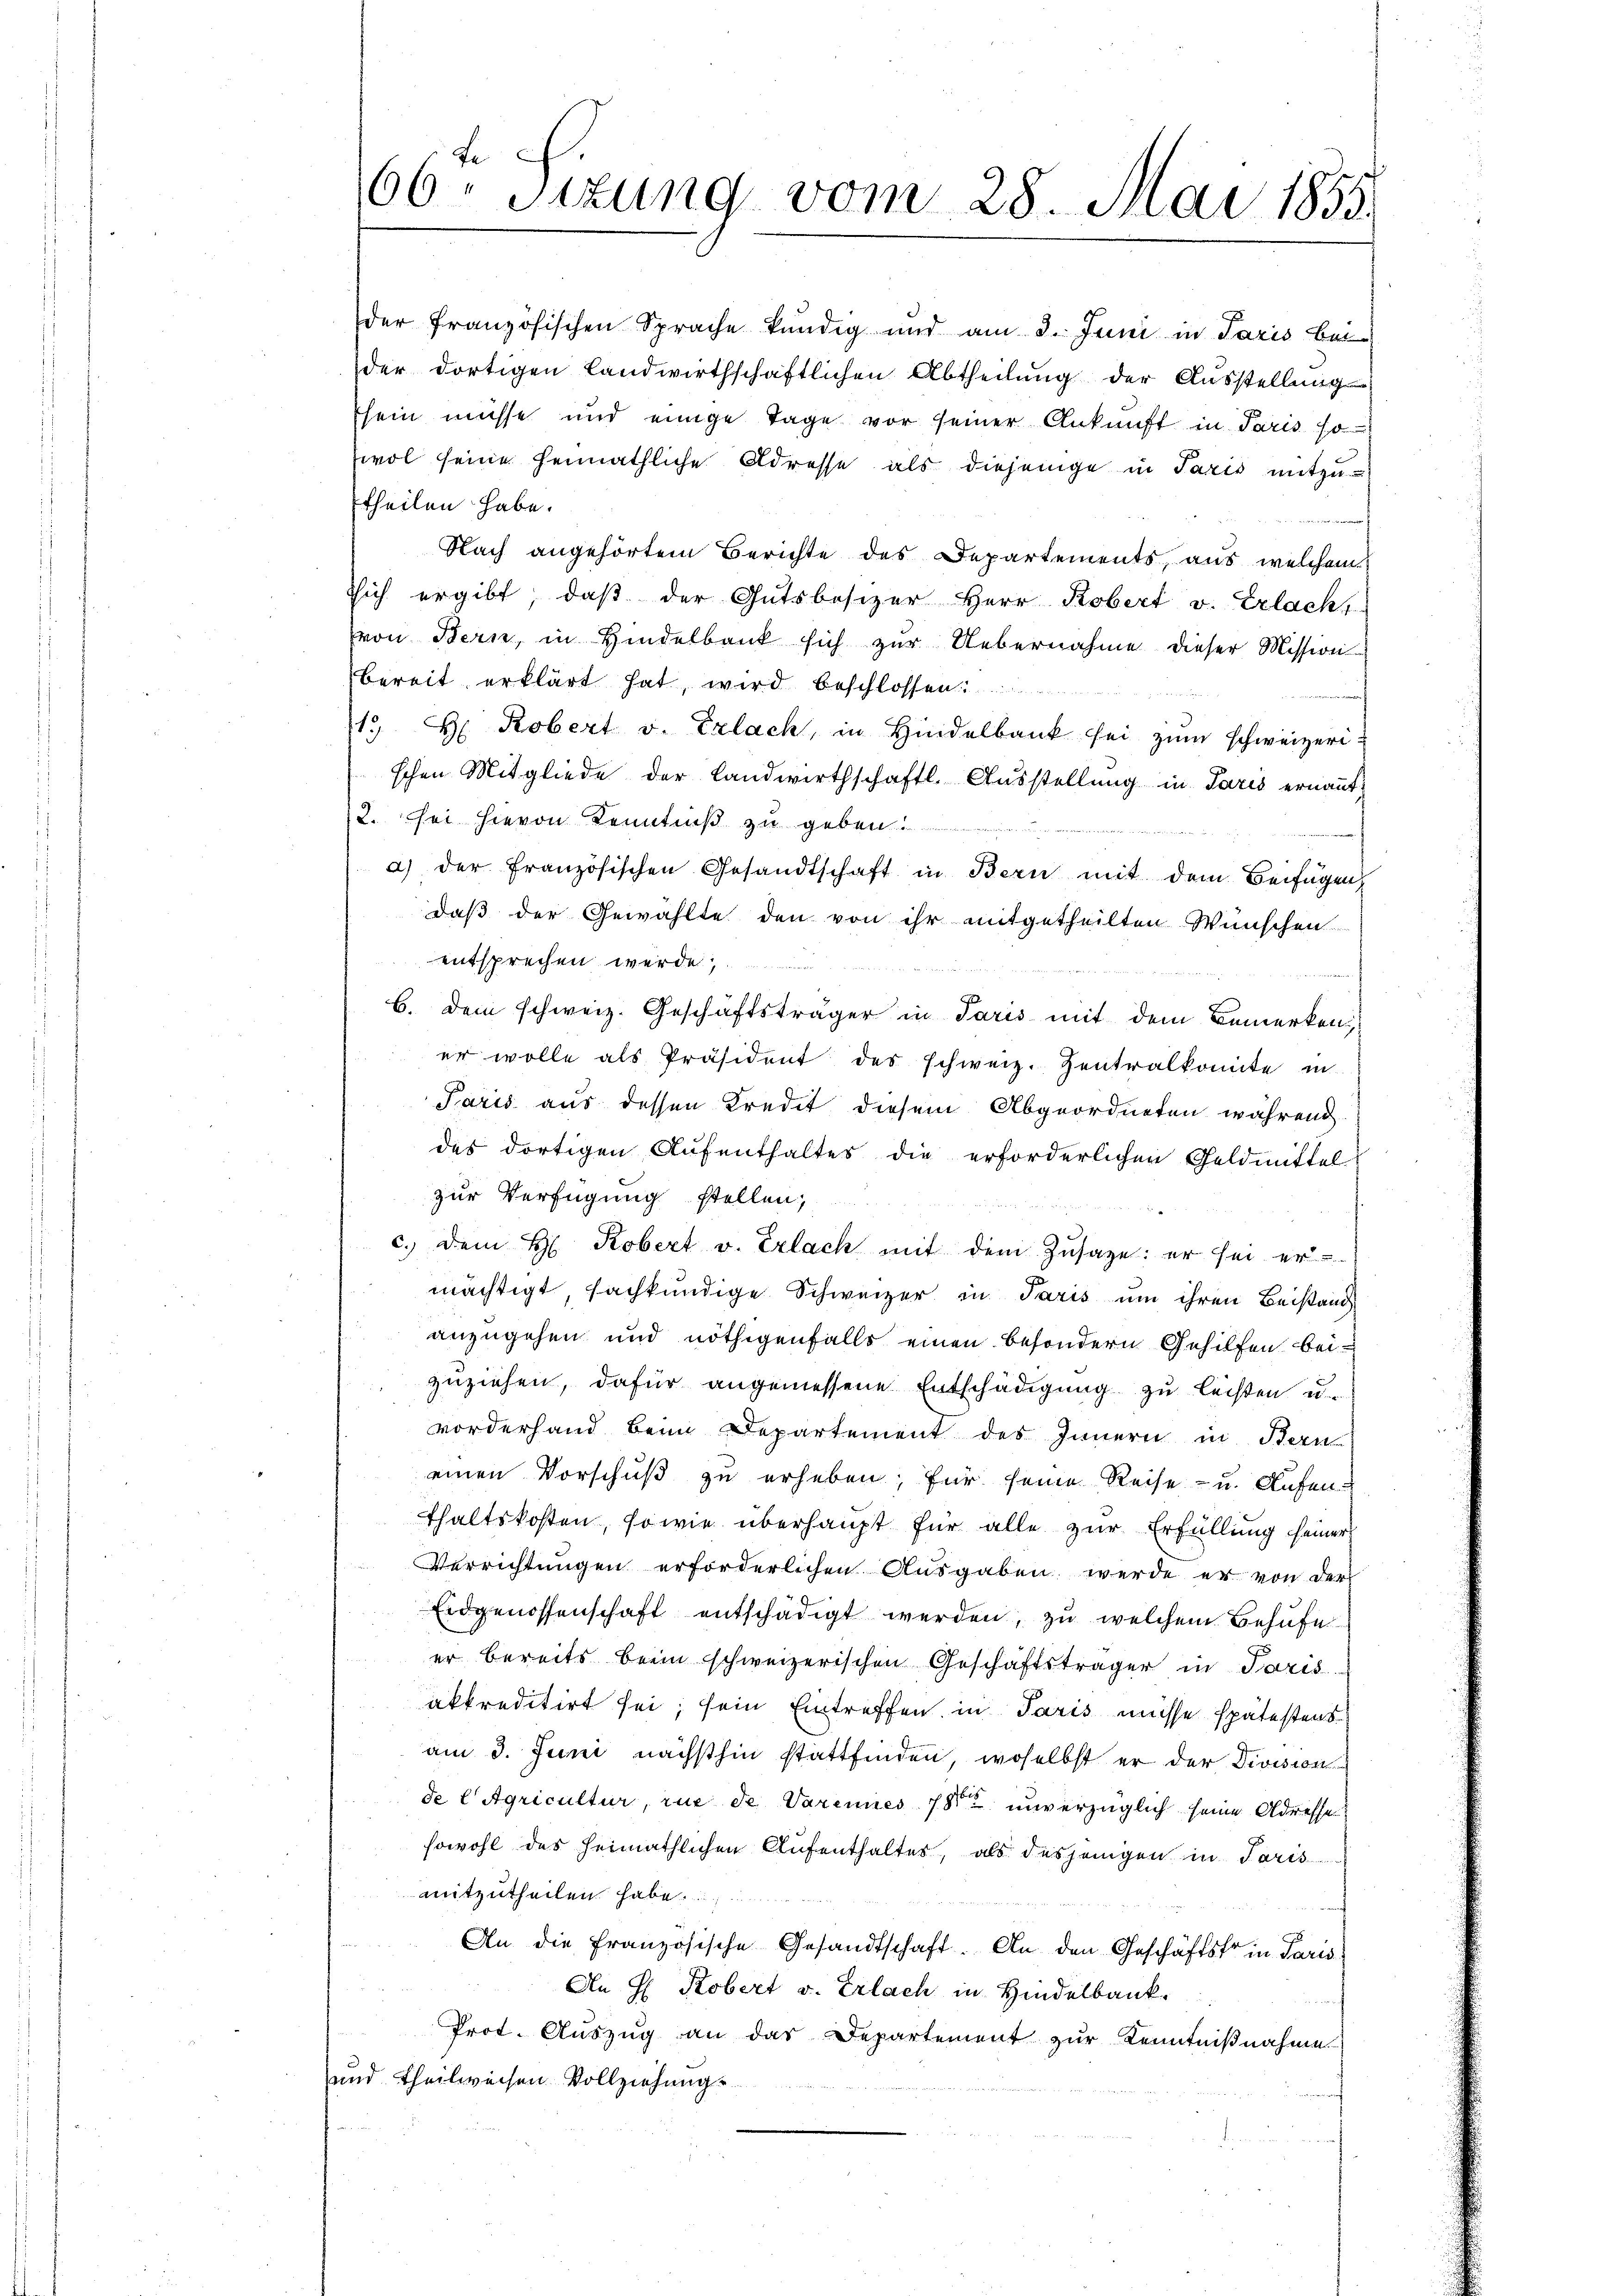
der französischen Sprache kündig und am 3. Juni in Paris bei
der dortigen landwirthschaftlichen Abtheilung der Ausstellung
sein müsse und einige Tage vor seiner Ankunft in Paris 10
wol seine heimathliche Adresse als diejenige in Paris mitzutheilen habe.
Nach angehörtem Berichte des Departements, aus welchem
sich ergibt, daß der Gutsbesizer Herr Robert v. Erlacht
von Bern, in Hindelbank sich zur Uebernahme dieser Mission
bereit erklärt hat, wird beschlossen:

1.  Robert v. Erlach, in Hindelbank sei zŭm schweizerischen Mitgliede der Landwirthschaftl. Ausstellung in Paris ernannt,
2. sei hievon Kenntniß zu geben.
a) der französischen Gesandtschaft in Bern mit dem Beifügen,
daß der Gewählte den von ihr mitgetheilten Wünschen
entsprechen werde;

b. dem schweiz. Geschäftsträger in Paris mit dem Bemerken,
er wolle als Präsident des schweiz. Zentralkomite in
Paris aus dessen Kredet diesem Abgeordneten während
des dortigen Aufenthaltes die erforderlichen Geldmittel
zur Verfügung stellen,
c. dem H. Robert v. Erlach mit dem Zusage: er sei er
mächtigt, sachkundige Schweizer in Paris um ihren Beistand
anzugehen und nöthigenfalls einen besondern Gehilfen beizuziehen, dafür angemessene Entschädigung zu leisten u.
vorderhand beim Departement des Innern in Bern
einen Vorschuß zu erheben; für seine Reise- u. Aufenthaltskosten, sowie überhaupt für alle zur Erfüllung seiner
Verrichtungen erforderlichen Ausgaben werde er von der
Eidgenossenschaft entschädigt werden, zu welchem Behufe
er bereits beim schweizerischen Geschäftsträger in Paris
akkreditirt sei; sein Eintreffen in Paris müsse spätestens
am 3. Juni nächsthin stattfinden, woselbst er der Division
de l Agricultur, rue de Varennes 18ten unverzüglich seine Adresse
sowohl des heimathlichen Aufenthaltes, als desjenigen in Paris
mitzutheilen habe.
An die französische Gesandtschaft. An den Geschäftsfr in Paris
An H. Robert v. Erlach in Hindelbank.
Prot. Auszug an das Departement zur Kenntnißnahme
und theilweisen Vollziehung

66. Sizung vom 28. Mai 1855.